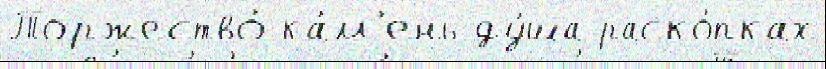
Торжество́ ка́м'ень ду́ша раско́пках